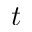
t